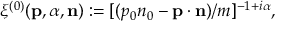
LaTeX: \xi ^ { ( 0 ) } ( { \bf p } , { \alpha } , { \bf n } ) : = [ ( p _ { 0 } n _ { 0 } - { \bf p } \cdot { \bf n } ) / m ] ^ { - 1 + i \alpha } ,